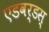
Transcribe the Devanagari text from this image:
एडवर्डस्‌